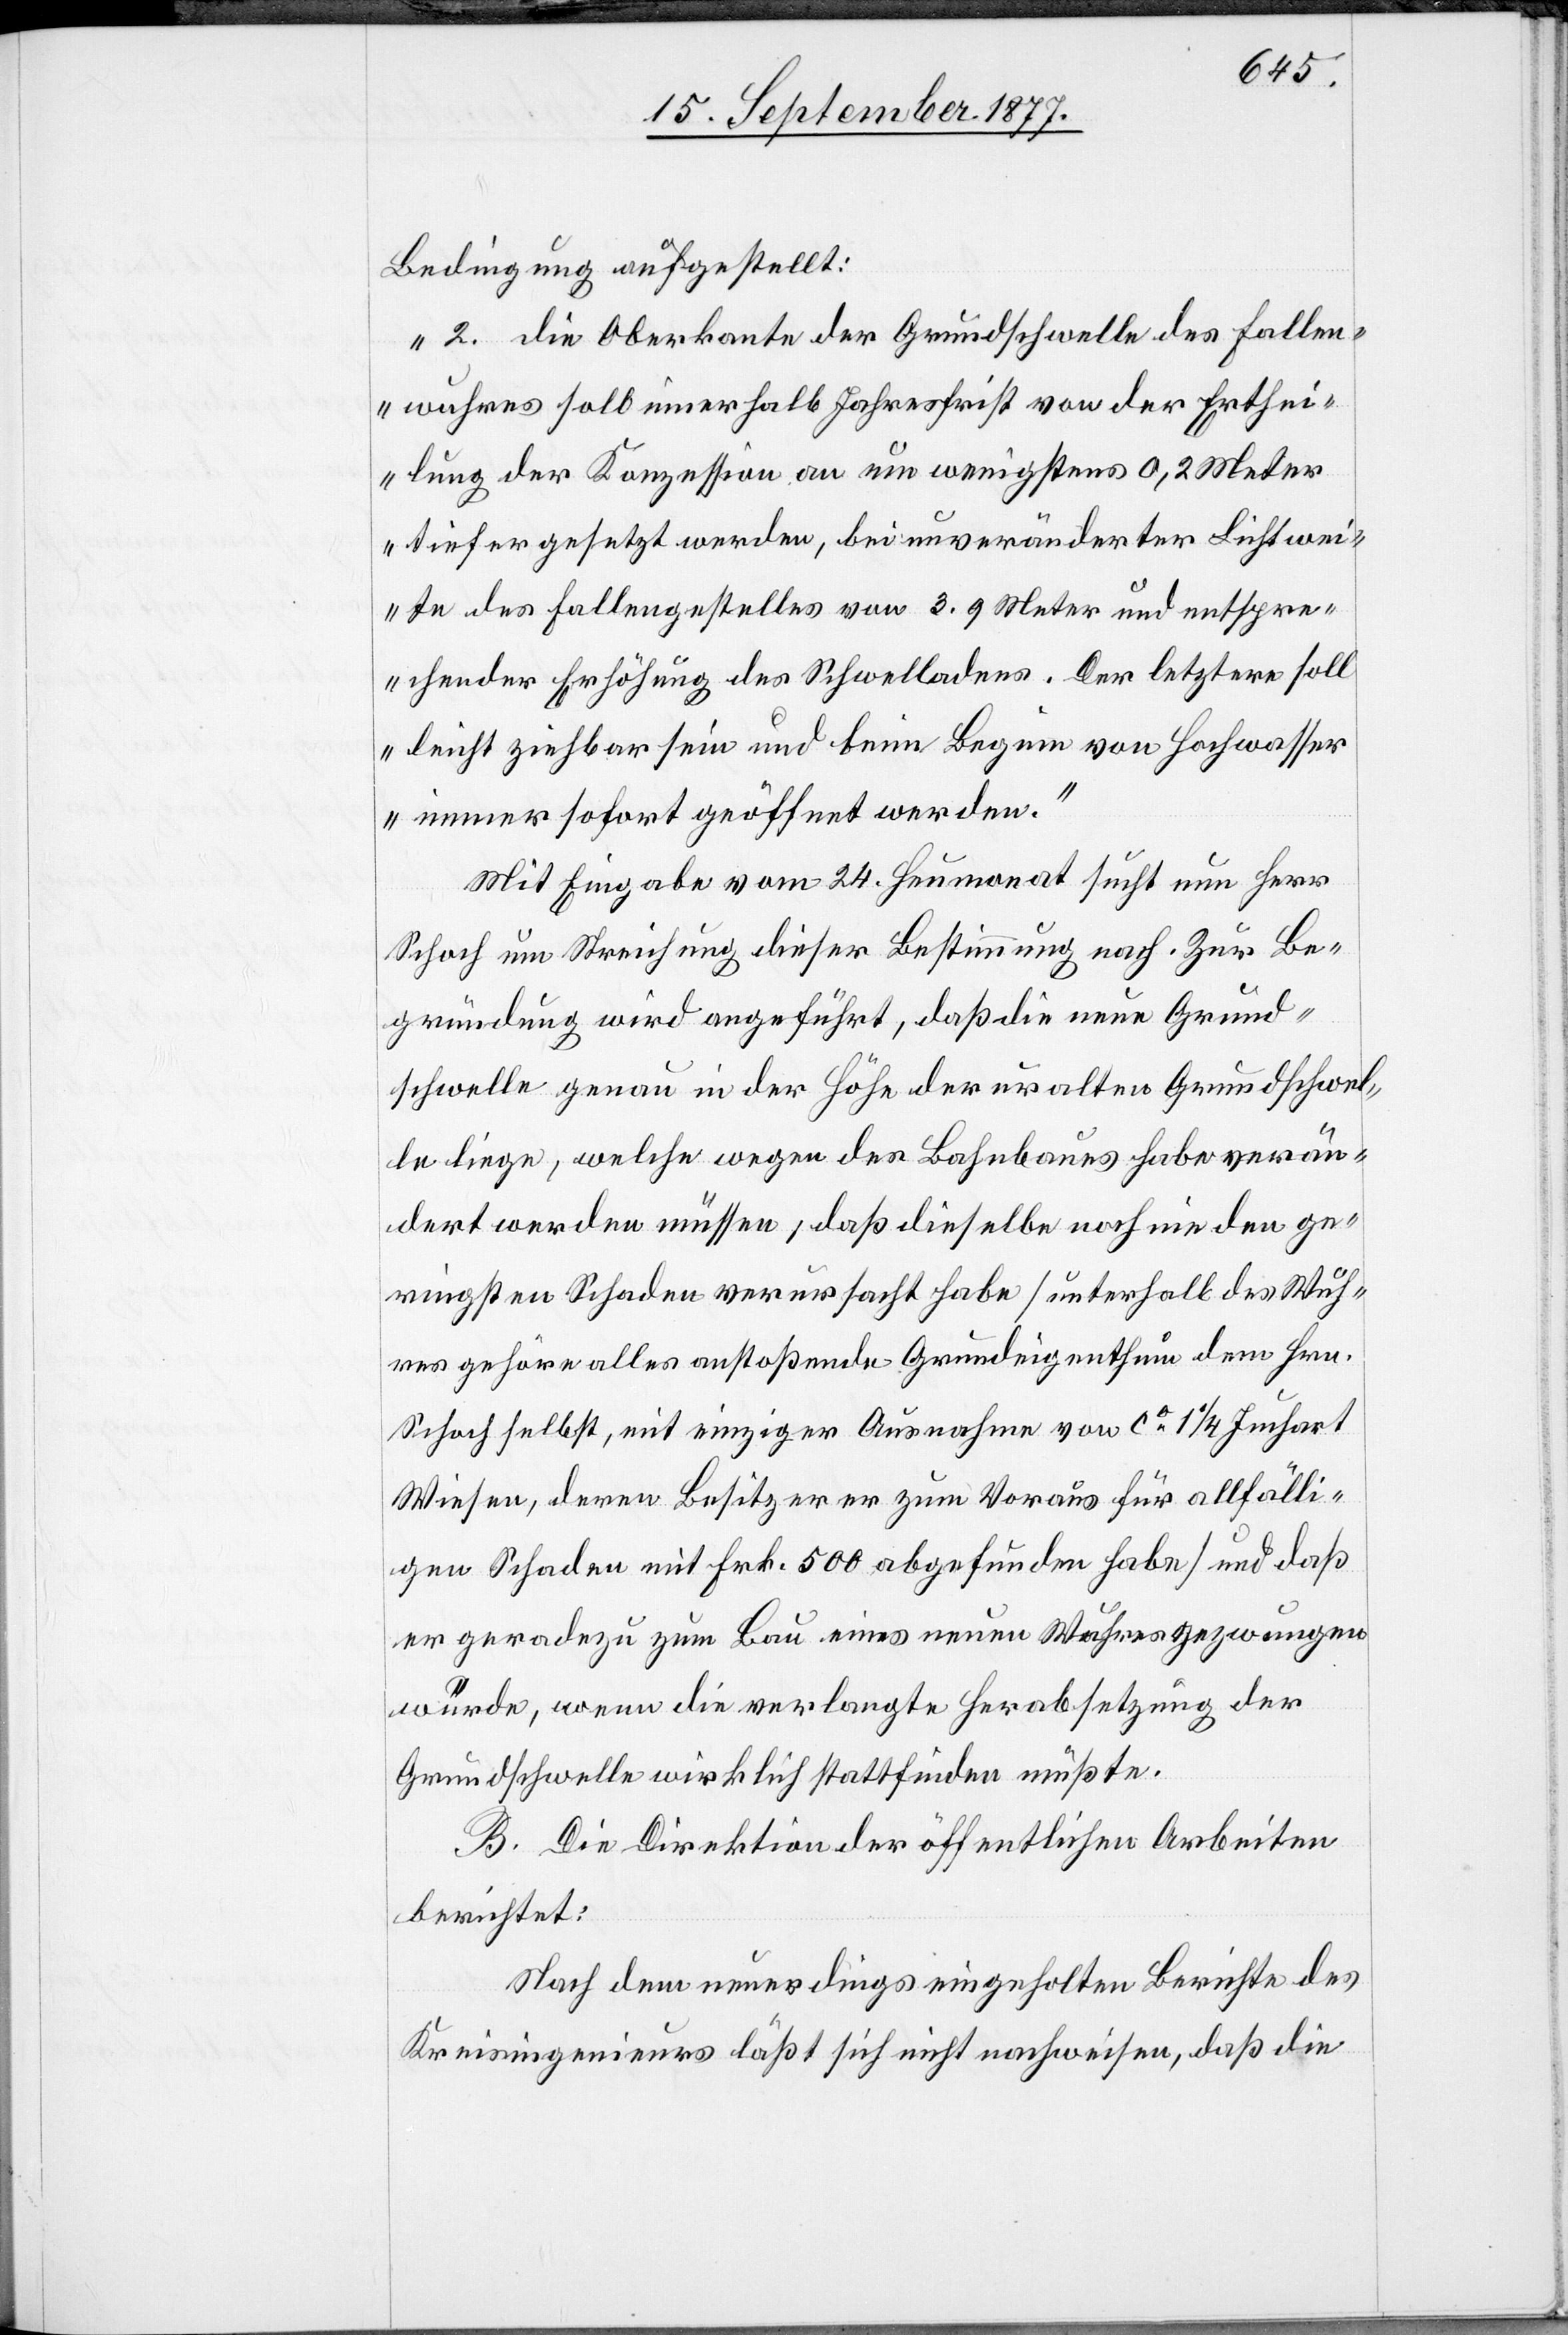
Bedingung aufgestellt:
„2. die Oberkante der Grundschwelle des Fallen¬
wuhres soll innerhalb Jahresfrist von der Erthei¬
lung der Konzession an um wenigstens 0,2 Meter
tiefer gesetzt werden, bei unveränderter Lichtwei¬
te des Fallengestelles von 3.9 Meter und entspre¬
chender Erhöhung des Schwelladens. Der letztere soll
leicht ziehbar sein und beim Beginn von Hochwasser
immer sofort geöffnet werden.“
Mit Eingabe vom 24. Heumonat sucht nun Herr
Schoch um Streichung dieser Bestimmung nach. Zur Be¬
gründung wird angeführt, daß die neue Grund¬
schwelle genau in der Höhe der uralten Grundschwel¬
le liege, welche wegen des Bahnbaues habe verän¬
dert werden müssen, daß dieselbe noch nie den ge¬
ringsten Schaden verursacht habe [unterhalb des Wuh¬
res gehöre alles anstoßende Grundeigenthum dem Hrn.
Schoch selbst, mit einziger Ausnahme von ca 1 1/4 Juchart
Wiesen, deren Besitzer er zum Voraus für allfälli¬
gen Schaden mit Frk. 500 abgefunden habe] und daß
er geradezu zum Bau eines neuen Wuhres gezwungen
würde, wenn die verlangte Herabsetzung der
Grundschwelle wirklich stattfinden müßte.
B. Die Direktion der öffentlichen Arbeiten
berichtet:
Nach dem neuerdings eingeholten Berichte des
Kreisingenieurs läßt sich nicht nachweisen, daß die